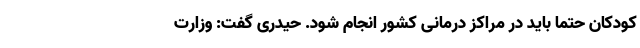
کودکان حتما باید در مراکز درمانی کشور انجام شود. حیدری گفت: وزارت